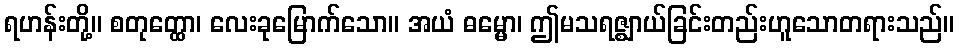
ရဟန်းတို့။ စတုတ္ထော၊ လေးခုမြောက်သော။ အယံ ဓမ္မော၊ ဤမသရဇ္ဈာယ်ခြင်းတည်းဟူသောတရားသည်။